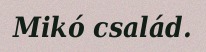
Mikó család.